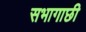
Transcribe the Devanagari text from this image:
सभागाछी